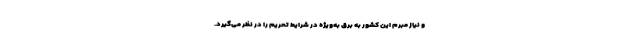
و نیاز مبرم این کشور به برق به‌ویژه در شرایط تحریم را در نظر می‌گیرد.